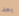
بعد